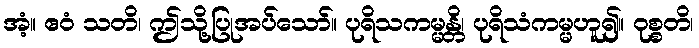
အံ့။ ဧဝံ သတိ၊ ဤသို့ပြုအပ်သော်။ ပုရိသကမ္မန္တိ၊ ပုရိသံကမ္မဟူ၍။ ဝုစ္စတိ၊